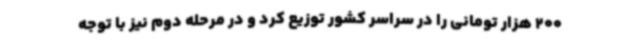
200 هزار تومانی را در سراسر کشور توزیع کرد و در مرحله دوم نیز با توجه